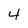
Character: 4